Report of the Imperial Institute of Veterinary Research, Muktesar
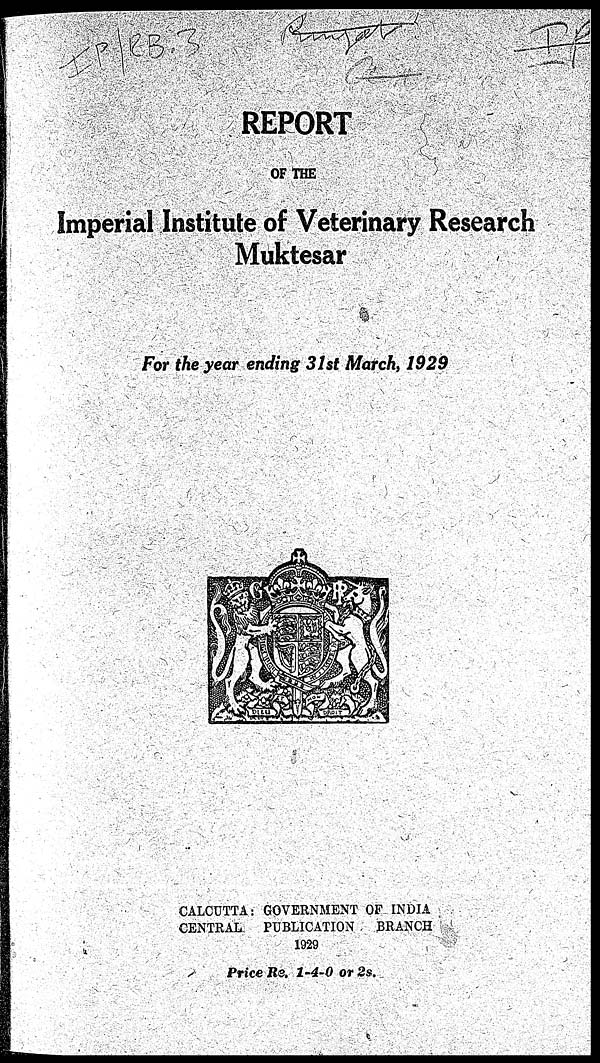
REPORT
OF THE
Imperial Institute of Veterinary Research
Muktesar
For the year ending 31st March, 1929
CALCUTTA: GOVERNMENT OF INDIA
CENTRAL
PUBLICATION
BRANCH
1929
Price Re. 1-4-0 or 2s.